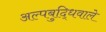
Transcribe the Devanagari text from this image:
अल्पबुद्धिवाले